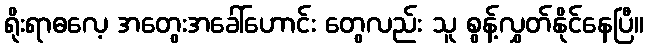
ရိုးရာဓလေ့ အတွေးအခေါ်ဟောင်း တွေလည်း သူ စွန့်လွှတ်နိုင်နေပြီ။